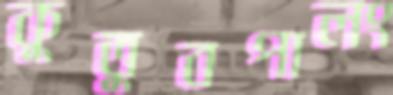
কুতুবপালং